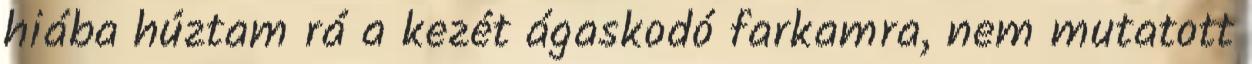
hiába húztam rá a kezét ágaskodó farkamra, nem mutatott